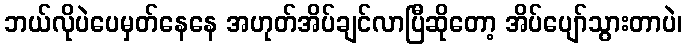
ဘယ်လိုပဲပေမှတ်နေနေ အဟုတ်အိပ်ချင်လာပြီဆိုတော့ အိပ်ပျော်သွားတာပဲ၊